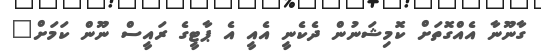
ގާނޫނާ އެއްގޮތަށް ކޮމިޝަނުން ދެކެނީ އެއީ އެ ޕާޓީގެ ރައީސް ނޫން ކަމަށް"